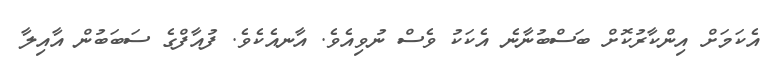
އެކަމަށް އިންކާރުކޮށް ބަސްބުނާނެ އެކަކު ވެސް ނުވިއެވެ. އާނއެކެވެ. ފުއާފްގެ ސަބަބުން އާއިލާ